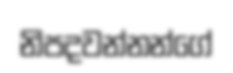
නිපදවන්නන්ගේ